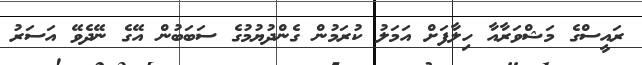
ރައީސްގެ މަޝްވަރާއާ ހިލާފަށް އަމަލު ކުރަމުން ގެންދުޔުމުގެ ސަބަބުން އޭގެ ނޭދެވޭ އަސަރު